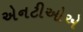
એનટીઓએ